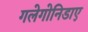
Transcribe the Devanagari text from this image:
गलेगोनिडाए